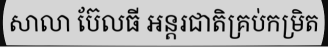
សាលា ប៊ែលធី អន្តរជាតិគ្រប់កម្រិត